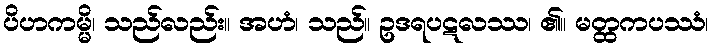
ပိဟကမ္မိ၊ သည်လည်း။ အဟံ၊ သည်။ ဥဒရပဋလဿ၊ ၏။ မတ္ထကပဿံ၊